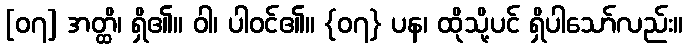
[၀၇] အတ္ထိ၊ ရှိ၏။ ဝါ၊ ပါဝင်၏။ {၀၇} ပန၊ ထိုသို့ပင် ရှိပါသော်လည်း။